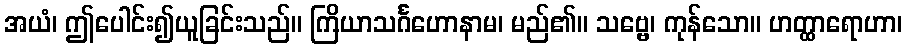
အယံ၊ ဤပေါင်း၍ယူခြင်းသည်။ ကြိယာသင်္ဂဟောနာမ၊ မည်၏။ သဗ္ဗေ၊ ကုန်သော။ ဟတ္ထာရောဟာ၊